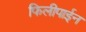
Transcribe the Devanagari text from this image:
फिलीपाईन